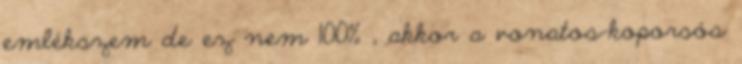
emlékszem de ez nem 100% , akkor a vonatos-koporsós